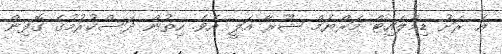
އެ ރަށު ޑިމްލައިޓް މަރްޔަމް ޝޫރާ އަލީ އެވެ. ހިތުން ދަސްކުރުމުގެ ގޮފިން